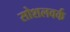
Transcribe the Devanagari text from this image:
सोशलवर्क